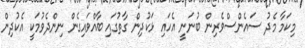
މިކަމާ މެދު ސައެންސްވެރިން ބުނަނީ އެހައި ޅަކުދިން ގާތުގައި ބާއްވައިގެން ނިންދެވުމަކީ އެކުދިން